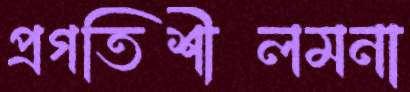
প্রগতিশীলমনা